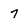
Character: 7